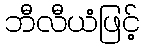
ဘီလီယံဖြင့်